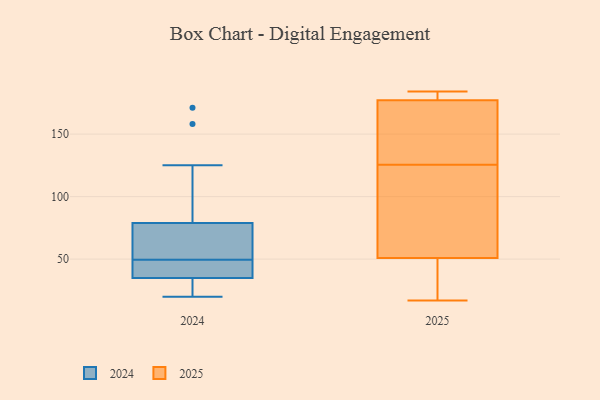
{"axis": {"x": "LTV (USD)", "y": "Value"}, "legend": ["2024", "2025"], "data": [{"x": "", "y": 177, "type": "2025"}, {"x": "", "y": 180, "type": "2025"}, {"x": "", "y": 112, "type": "2025"}, {"x": "", "y": 51, "type": "2025"}, {"x": "", "y": 25, "type": "2025"}, {"x": "", "y": 183, "type": "2025"}, {"x": "", "y": 17, "type": "2025"}, {"x": "", "y": 184, "type": "2025"}, {"x": "", "y": 22, "type": "2025"}, {"x": "", "y": 169, "type": "2025"}, {"x": "", "y": 57, "type": "2025"}, {"x": "", "y": 53, "type": "2025"}, {"x": "", "y": 166, "type": "2025"}, {"x": "", "y": 139, "type": "2025"}, {"x": "", "y": 50, "type": "2024"}, {"x": "", "y": 20, "type": "2024"}, {"x": "", "y": 25, "type": "2024"}, {"x": "", "y": 171, "type": "2024"}, {"x": "", "y": 42, "type": "2024"}, {"x": "", "y": 49, "type": "2024"}, {"x": "", "y": 35, "type": "2024"}, {"x": "", "y": 77, "type": "2024"}, {"x": "", "y": 57, "type": "2024"}, {"x": "", "y": 36, "type": "2024"}, {"x": "", "y": 79, "type": "2024"}, {"x": "", "y": 20, "type": "2024"}, {"x": "", "y": 125, "type": "2024"}, {"x": "", "y": 158, "type": "2024"}]}